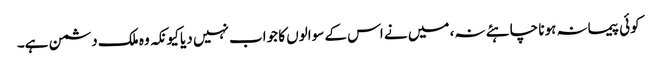
کوئی پیمانہ ہونا چاہئے نہ، میں نے اس کے سوالوں کا جواب نہیں دیا کیونکہ وہ ملک دشمن ہے۔